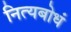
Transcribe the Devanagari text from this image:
नित्यबोधं